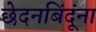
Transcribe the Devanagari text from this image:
छेदनबिंदूंना